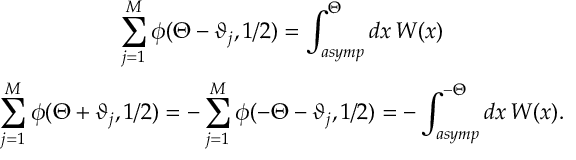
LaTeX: \begin{array} { c } { { \displaystyle \displaystyle \sum _ { j = 1 } ^ { M } \phi ( \Theta - \vartheta _ { j } , 1 / 2 ) = \displaystyle \int _ { a s y m p } ^ { \Theta } d x \, W ( x ) } } \\ { { \displaystyle \sum _ { j = 1 } ^ { M } \phi ( \Theta + \vartheta _ { j } , 1 / 2 ) = - \displaystyle \sum _ { j = 1 } ^ { M } \phi ( - \Theta - \vartheta _ { j } , 1 / 2 ) = - \displaystyle \int _ { a s y m p } ^ { - \Theta } d x \, W ( x ) . } } \end{array}